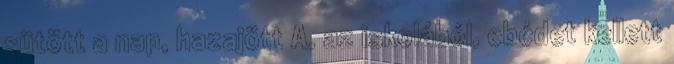
sütött a nap, hazajött A. az iskolából, ebédet kellett